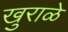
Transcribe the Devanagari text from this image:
खुराळे